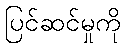
ပြင်ဆင်မှုကို